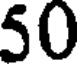
50